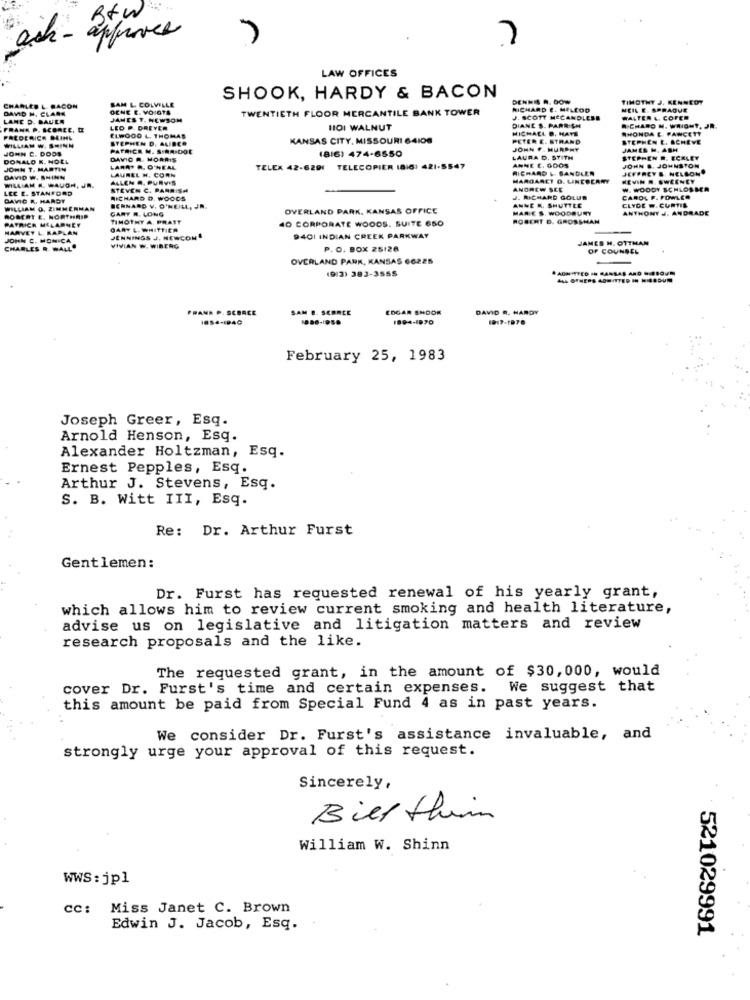
Btw
ach - approved
LAW OFFICES
SAM L. COLVILLE
SHOOK, HARDY & BACON
DENNE A. DOW
TIMOTHY J. KENNEDY
DAVID H. CLARA
CHARLES L. BACON
DENE E. VOIGTA
TWENTIETH FLOOR MERCANTILE BANK TOWER
RICHARD E. MILEOD
NEIL E. SPRAQUE
LANE D. BAUER
JAMES T. NEWSOM
J. SCOTT MCCANDLESS
WALTER &. COFEE
FRANK P. SCOREE, DI.
LED P. DREVER
HOI WALNUT
DIANE S. PARRISH
MICHAEL D. HATE
RICHARD M. WRIGHT, JR.
RHONDA E. FAWCETT
WILLIAM W. SHINN
FREDERICK DAIH&
ELWOOD L. THOMAS
STEPHEN D. ALIBER
KANSAS CITY, MISSOURI 64108
PETER E. STRAND
STEPHEN E. ACHEVE
JOHN C. DOOS
PATRICK M. S.NA.DOC
(816) 474-6550
JOHN F. MURPHY
JAMES M. ASH
DONALD K. HOLL
DAVIC R. MORRIS
LAURA D. STITH
ANNE E. 0005
STEPHEN R. ECKLEY
JOHN T. MARTIN
LARRY .. O'NEAL
LAUREL H. CORN
TELEX 42-6291 TELECOPIER (816: 421-5547
RICHARD &. SANDLER
JEFFREY & NELSON
JOHN B. JOHNSTON
DAVID W. SHINN
WILLIAM H. WAUGH, JR.
ALLEN &, PURVIS
MARGARET O. UNCBERRY
KEVIN N. SWEENEY
LEC E. STANFORD
STEVEN C. PARRISH
ANDREW SCE
W. WOODY SCHLOSSER
DAVIC R. HARDY
RICHARD D. WOODS
J. RICHARD GOLUD
CAROL F. FOWLER
CLYDE W. CURTIL
WILLIAM O. ZIMMERMAN
GARY R. LONG
BERNARD V. O'NEILL, JA.
OVERLAND PARK, KANSAS OFFICE
ANNE K. SHUTTLE
MARE S. WOODBURY
ANTHONY J. ANDRADE
ROBERT E. NORTHRID
PATRICK MILARNEY
TIMOTHY A. PRATT
40 CORPORATE WOODS. SUITE 650
ROSCHT D. GROSSMAN
HARVEY L. KAPLAN
GARY L. WHITTIER
JOHN C. MONICA
JENNINGS J. NEWCON
9401 INDIAN CREEK PARKWAY
JAMES H. OTTHAN
CHARLES R. WALL
VIVIAN W. WIBERG
P. O. BOX 25126
OF COUNSEL
OVERLAND PARK, KANSAS 66225
19/2) 383-3555
ADMITTED IN KANSAS AND SOUN
FRANK P. SCORCE
SAM B. SCARCE
EDGAR SNOOK
DAVID R. HARDY
1854-1940
1894-1970
February 25, 1983
Joseph Greer, Esq.
Arnold Henson, Esq.
Alexander Holtzman, Esq.
Ernest Pepples, Esq.
Arthur J. Stevens, Esq.
S. B. Witt III, Esq.
Re: Dr. Arthur Furst
Gentlemen:
Dr. Furst has requested renewal of his yearly grant,
which allows him to review current smoking and health literature,
advise us on legislative and litigation matters and review
research proposals and the like.
The requested grant, in the amount of $30,000, would
cover Dr. Furst's time and certain expenses. We suggest that
this amount be paid from Special Fund 4 as in past years.
We consider Dr. Furst's assistance invaluable, and
strongly urge your approval of this request.
Sincerely,
-
Bill this
William W. Shinn
WWS: jp1
CC: Miss Janet C. Brown
Edwin J. Jacob, Esq.
521029991